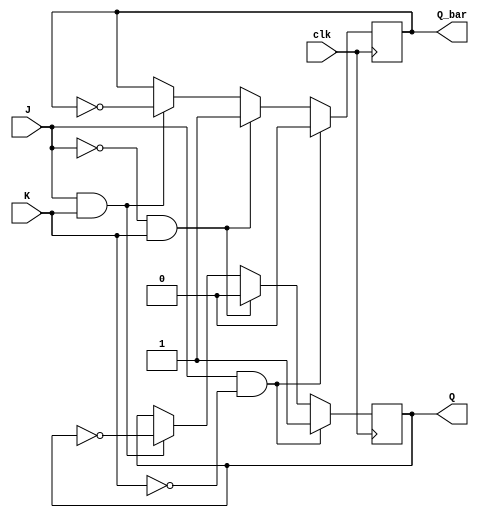
module jk_flip_flop (
  input wire clk,
  input wire J,
  input wire K,
  output reg Q,
  output reg Q_bar
);

    always @(negedge clk) begin
        if (J & ~K) begin
            Q <= 1'b1;
            Q_bar <= 1'b0;
        end else if (~J & K) begin
            Q <= 1'b0;
            Q_bar <= 1'b1;
        end else if (J & K) begin
            Q <= ~Q;
            Q_bar <= ~Q_bar;
        end
    end

endmodule